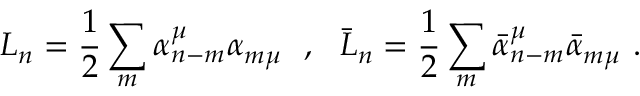
L _ { n } = \frac { 1 } { 2 } \sum _ { m } \alpha _ { n - m } ^ { \mu } \alpha _ { m \mu } \ \ , \ \ \bar { L } _ { n } = \frac { 1 } { 2 } \sum _ { m } \bar { \alpha } _ { n - m } ^ { \mu } \bar { \alpha } _ { m \mu } \ .